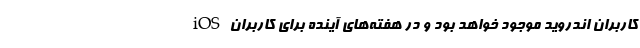
کاربران اندروید موجود خواهد بود و در هفته‌های آینده برای کاربران iOS